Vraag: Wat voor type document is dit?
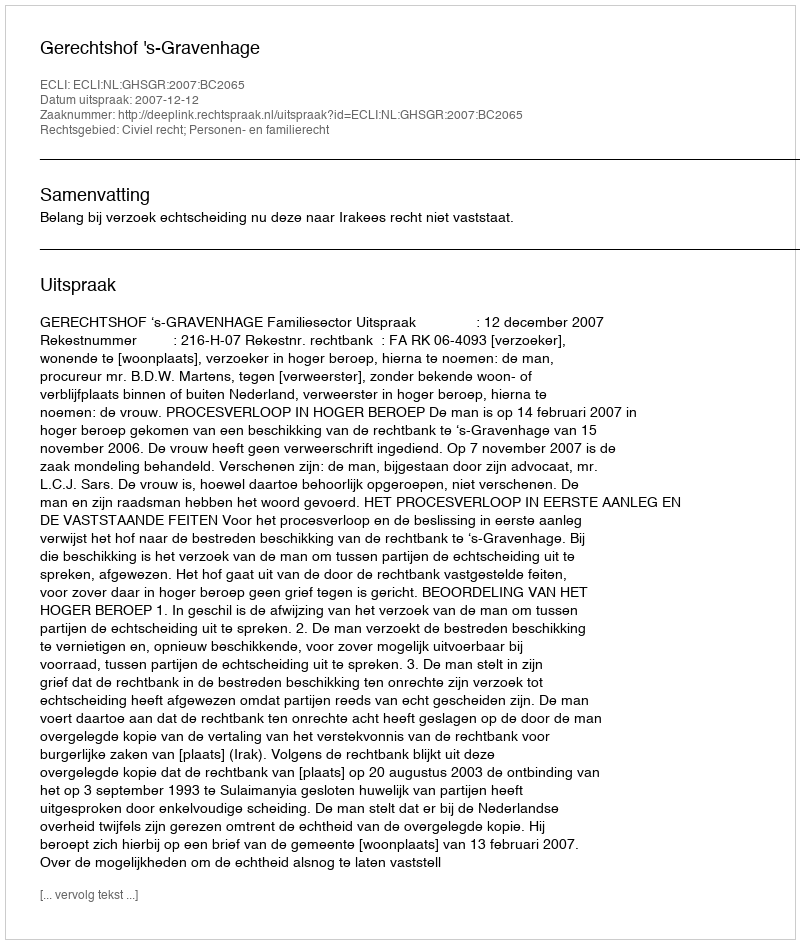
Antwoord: Uitspraak